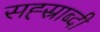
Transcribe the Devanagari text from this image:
सह्स्राब्दी